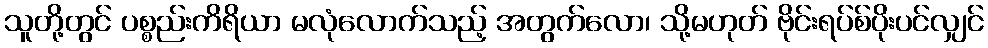
သူတို့တွင် ပစ္စည်းကိရိယာ မလုံလောက်သည့် အတွက်လော၊ သို့မဟုတ် ဗိုင်းရပ်စ်ပိုးပင်လျှင်